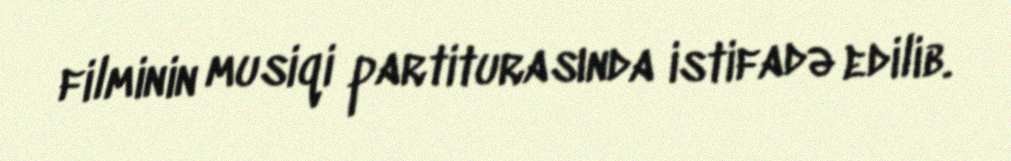
filminin musiqi partiturasında istifadə edilib.